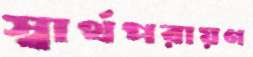
স্বার্থপরায়ণ